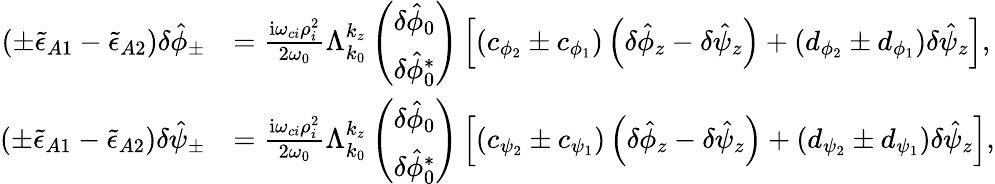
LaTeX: \begin{array}{rl}{\left(\pm\tilde{\epsilon}_{A1}-\tilde{\epsilon}_{A2}\right)\delta\hat{\phi}_{\pm}}&{=\frac{\mathrm{i}\omega_{ci}\rho_{i}^{2}}{2\omega_{0}}\Lambda_{k_{0}}^{k_{z}}\left(\begin{array}{c}{\delta\hat{\phi}_{0}}\\ {\delta\hat{\phi}_{0}^{*}}\end{array}\right)\left[\left(c_{\phi_{2}}\pm c_{\phi_{1}}\right)\left(\delta\hat{\phi}_{z}-\delta\hat{\psi}_{z}\right)+\left(d_{\phi_{2}}\pm d_{\phi_{1}}\right)\delta\hat{\psi}_{z}\right],}\\ {\left(\pm\tilde{\epsilon}_{A1}-\tilde{\epsilon}_{A2}\right)\delta\hat{\psi}_{\pm}}&{=\frac{\mathrm{i}\omega_{ci}\rho_{i}^{2}}{2\omega_{0}}\Lambda_{k_{0}}^{k_{z}}\left(\begin{array}{c}{\delta\hat{\phi}_{0}}\\ {\delta\hat{\phi}_{0}^{*}}\end{array}\right)\left[\left(c_{\psi_{2}}\pm c_{\psi_{1}}\right)\left(\delta\hat{\phi}_{z}-\delta\hat{\psi}_{z}\right)+\left(d_{\psi_{2}}\pm d_{\psi_{1}}\right)\delta\hat{\psi}_{z}\right],}\end{array}